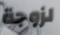
لزوجة